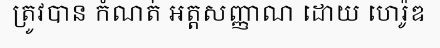
ត្រូវបាន កំណត់ អត្តសញ្ញាណ ដោយ ហេរ៉ូឌ